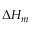
\Delta H _ { m }